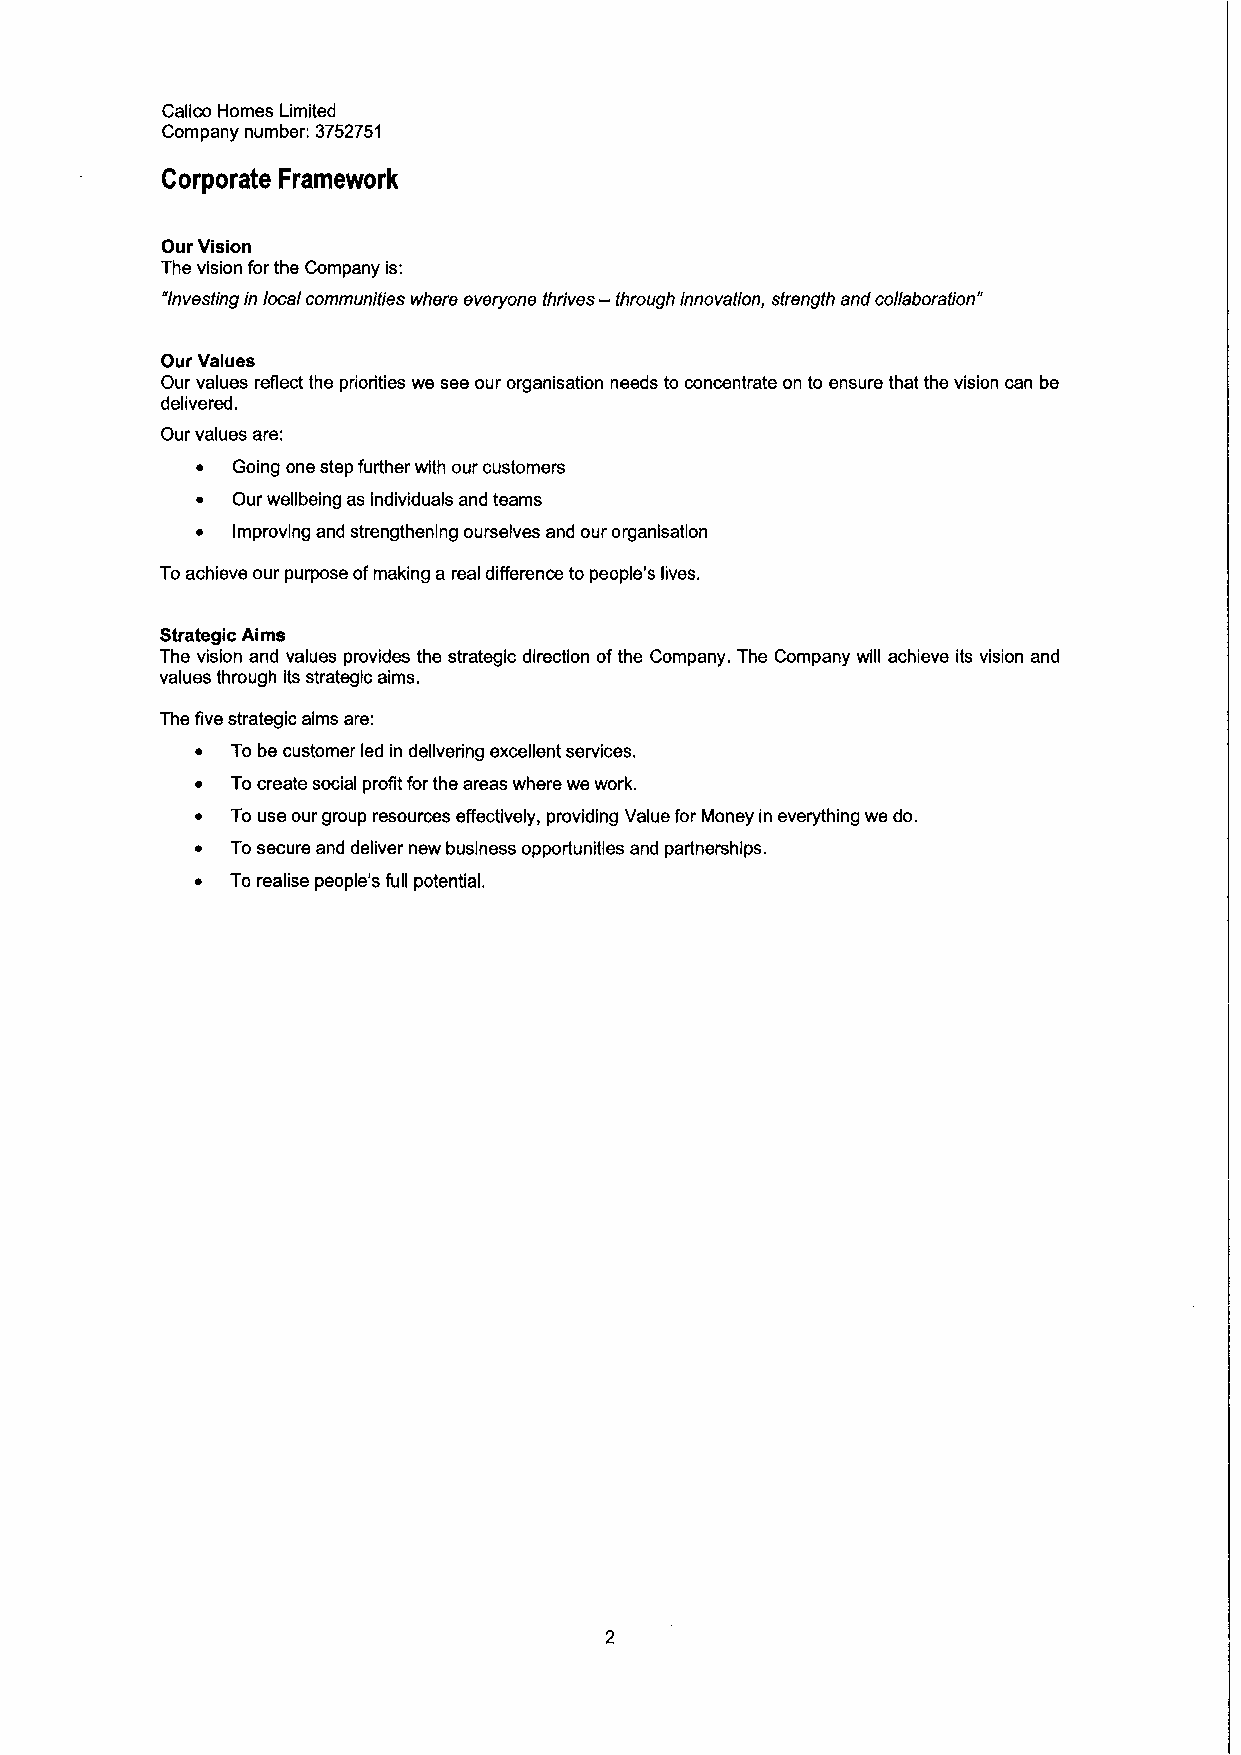
Calico Homes Limited
 Company number: 3752751
 Corporate Framework
 Our Vision
 The vision for the Company is:
 'Investingin local communities where everyone thrives — through innovation, strength and collaboration"
 Our Values
 Our values reflect the priorities we see our organisation needs to concentrate on to ensure that the vision can be
 delivered.
 Our values are:
 ~ Going one step further with our customers
 ~ Our wellbeing as individuals and teams
 ~ Improving and strengthening ourselves and our organisatlon
 Toachieve our purpose ofmaking a real difference to people's lives.
 Strategic Aims
 The vision and values provides the strategic direction ofthe Company. The Company will achieve its vision and
 values through its strategic aims.
 The five strategic alms are:
 ~ To be customer led in delivering excellent services.
 ~ Tocreate social profit forthe areas where we work.
 ~ To use our group resources effectively, providing Value for Money in everything we do,
 ~ Tosecure and deliver new business opportunities and partnershlps.
 ~ To realise people's full potential.